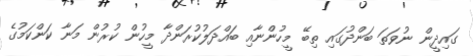
ގައިދީން ނުވަތަ ބަންދުގައި ތިބޭ މީހުންނާއި ބައްދަލުކުރަންދާ މީހުން ކުރުން މަނާ ކަންކަމުގެ